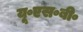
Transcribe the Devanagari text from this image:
यू॰एस॰बी॰